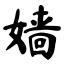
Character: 嫱